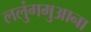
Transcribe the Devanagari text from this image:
ललुंगमुआना